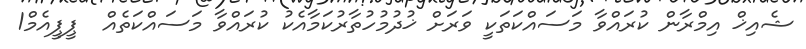
ޝެއިޚް އިމްރާން ކުރައްވާ މަސައްކަތަކީ ވަރަށް ޚުދުމުހުތާރުކަމާއެކު ކުރައްވާ މަސައްކަތެއް  ޕީޕީއެމް1